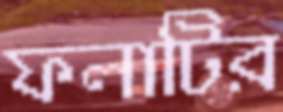
ফলাটির